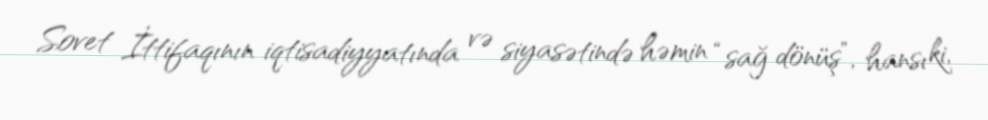
Sovet İttifaqının iqtisadiyyatında və siyasətində həmin “sağ dönüş”, hansı ki,